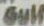
Gull